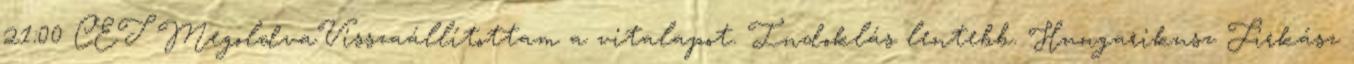
21:00 CET MegoldvaVisszaállítottam a vitalapot. Indoklás lentebb. Hungarikusz Firkász